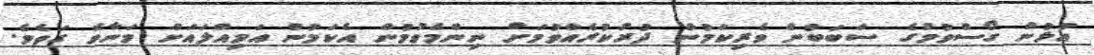
އުޅުން ގޯސްވުމުގެ ސަބަބުން ވެރިކަމުން ދުރުކުރެއްވުމަށް ނިންމެވުމުން އެކަމުން އަމިއްލައަށް މަނާވެ ގަތެވެ.